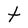
Character: t